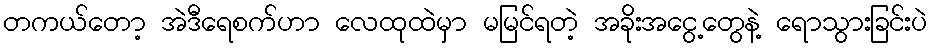
တကယ်တော့ အဲဒီရေစက်ဟာ လေထုထဲမှာ မမြင်ရတဲ့ အခိုးအငွေ့တွေနဲ့ ရောသွားခြင်းပဲ